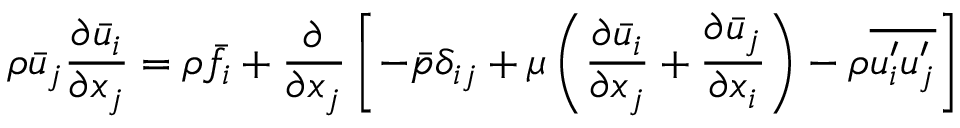
{ \rho } \Bar { u } _ { j } \frac { { \partial } \Bar { u } _ { i } } { { \partial } x _ { j } } = { \rho } \Bar { f } _ { i } + \frac { \partial } { { \partial } x _ { j } } \left[ - \Bar { p } \delta _ { i j } + \mu \left( \frac { { \partial } \Bar { u } _ { i } } { { \partial } x _ { j } } + \frac { { \partial } \Bar { u } _ { j } } { { \partial } x _ { i } } \right) - { \rho } \overline { { u _ { i } ^ { \prime } u _ { j } ^ { \prime } } } \right]